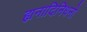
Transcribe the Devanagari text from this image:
ह्यनादिनिधनो